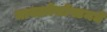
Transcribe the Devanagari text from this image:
मायक्रोसॉफ्टमधे